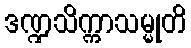
ဒဏ္ဍသိက္ကာသမ္မုတိ